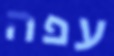
עפה